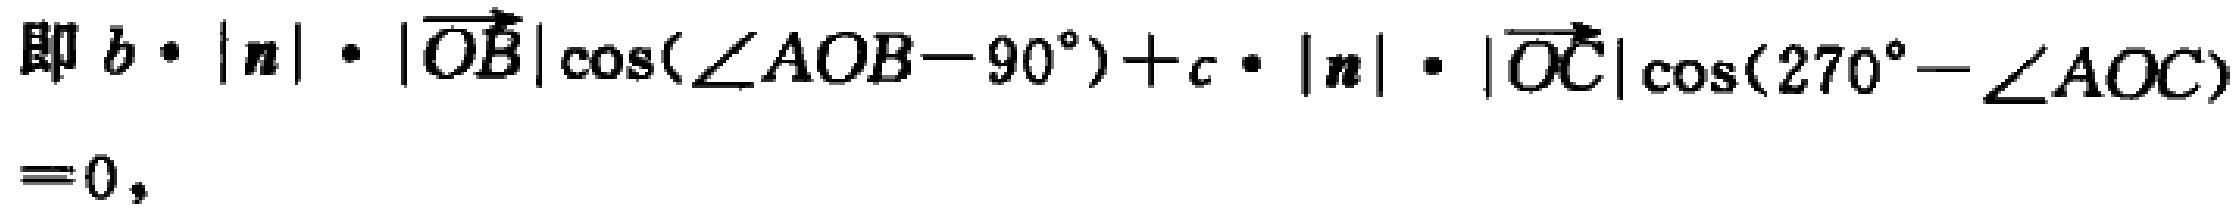
即 \(b\cdot|\boldsymbol{n}|\cdot|\overrightarrow{OB}|\cos(\angle AOB - 90^{\circ})+c\cdot|\boldsymbol{n}|\cdot|\overrightarrow{OC}|\cos(270^{\circ}-\angle AOC)=0\)，